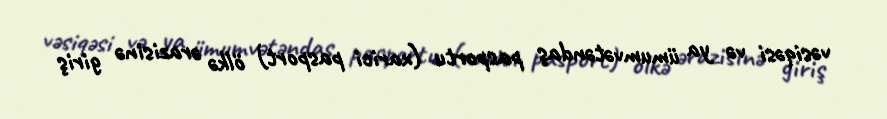
vəsiqəsi və ya ümumvətəndaş pasportu (xarici pasport) ölkə ərazisinə giriş